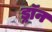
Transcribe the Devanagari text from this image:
ड्रॉन